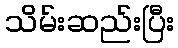
သိမ်းဆည်းပြီး